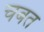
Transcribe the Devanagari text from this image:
चबत